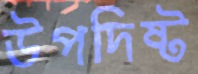
উপদিষ্ট